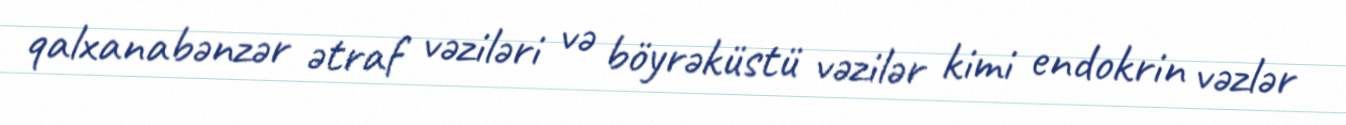
qalxanabənzər ətraf vəziləri və böyrəküstü vəzilər kimi endokrin vəzlər